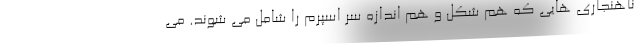
ناهنجاری‌ هایی که هم شکل و هم اندازه سر اسپرم را شامل می‌ شوند. می